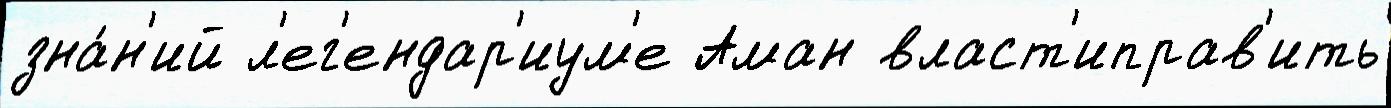
зна́н'ий л'ег'ендар'иум'е Аман власт'иправ'ить